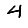
Digit: 4